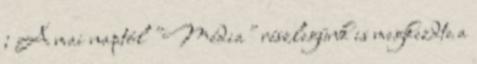
; A mai naptól "Média" részlegünk is megkezdte a